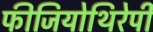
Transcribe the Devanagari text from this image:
फीजियोथिरेपी